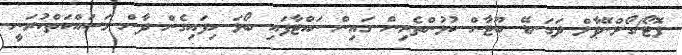
ފޮޓޯ/ގޯލްނޭޕާލް ދަގަނޑޭ ބޫޓާން ކުޅުންތެރިން ގައިން ނައްޓާފައި ބޯޅަ ހިފައިގެން ދާން މަސައްކަތްކުރަނީ.